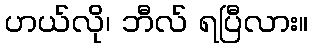
ဟယ်လို၊ ဘီလ် ရပြီလား။